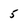
Character: 5